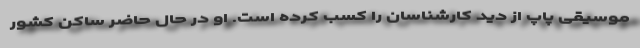
موسیقی پاپ از دید کارشناسان را کسب کرده است. او در حال حاضر ساکن کشور